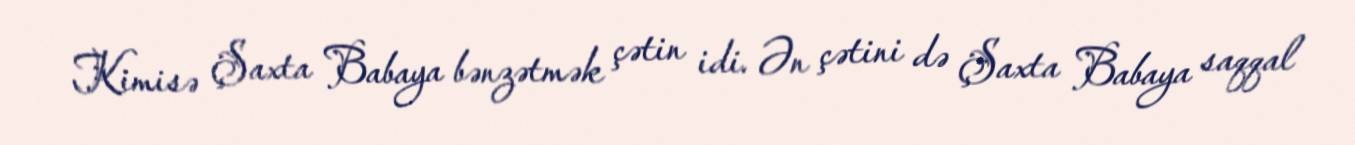
Kimisə Şaxta Babaya bənzətmək çətin idi. Ən çətini də Şaxta Babaya saqqal